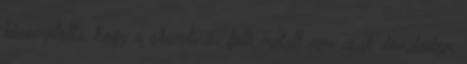
bizonyította, hogy a skandináv folk metalt nem csak dömdödöm